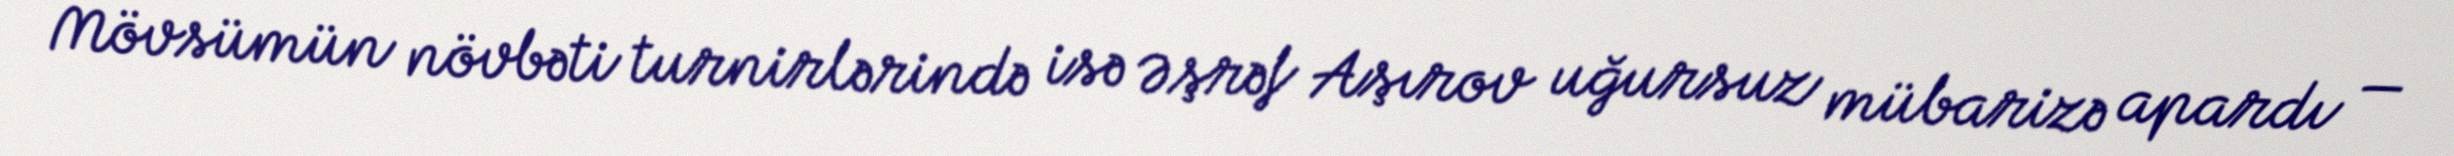
Mövsümün növbəti turnirlərində isə Əşrəf Aşırov uğursuz mübarizə apardı —